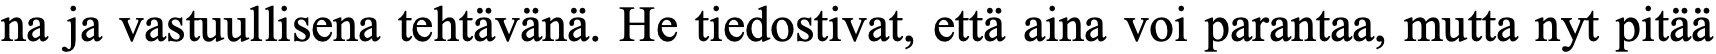
na ja vastuullisena tehtävänä. He tiedostivat, että aina voi parantaa, mutta nyt pitää